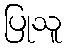
ပြုသူ